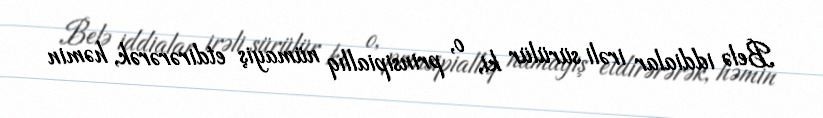
Belə iddialar irəli sürülür ki, o, prinsipiallıq nümayiş etdirərərək, həmin